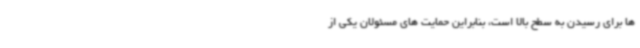
ها برای رسیدن به سطح بالا است، بنابراین حمایت های مسئولان یکی از